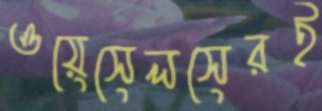
ওয়েসেলসেরই